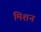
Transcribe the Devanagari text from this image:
मिशन